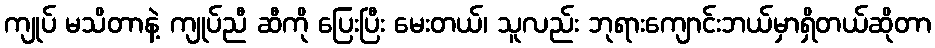
ကျုပ် မသိတာနဲ့ ကျုပ်ညီ ဆီကို ပြေးပြီး မေးတယ်၊ သူလည်း ဘုရားကျောင်းဘယ်မှာရှိတယ်ဆိုတာ